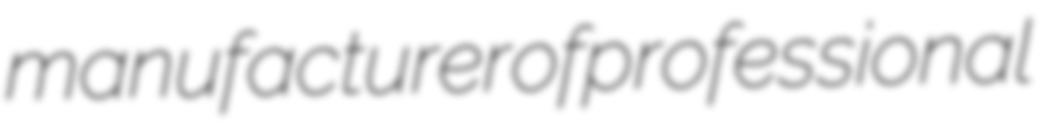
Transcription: manufacturer of professional